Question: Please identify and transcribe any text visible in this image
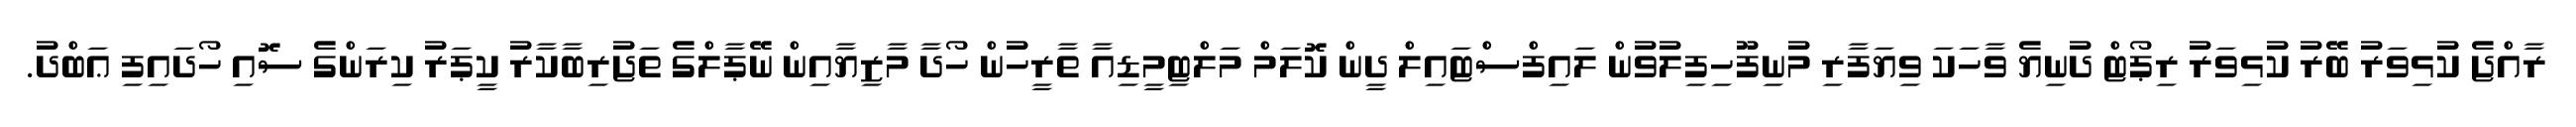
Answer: ރާއްޖެ ކުޅިވަރު ބޭރު ކުޅިވަރު ރިޕޯޓް ދުނިޔެ ވާހަކަ ވިޔަފާރި މުނިފޫހިފިލުވުން ލައިފްސްޓައިލް ދީން ކޮލަމް މަލްޓިމީޑިއާ ތާރީހުން ހޯދާ މާޒިޔާއިން ނޭޕާލްގެ ތަޖުރިބާކާރު ކީޕަރު ކިރަންގެ ސޮއި ހޯދައިފި ޢަބްދު.